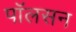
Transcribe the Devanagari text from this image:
पाॅलसन